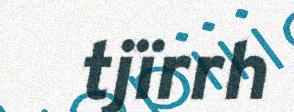
tjïrrh